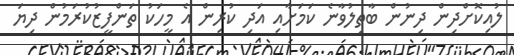
ލުއިކޮށްދިން ދިނުން ބާތިލުވާނެ ކަމަށާއި އަދި ކުރިން އެ މީހަކު ތަންފީޒުކުރަމުން ދިޔަ